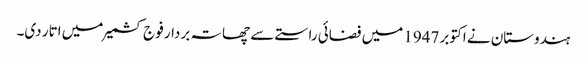
ہندوستان نے اکتوبر 1947 میں فضائی راستے سے چھاتہ بردار فوج کشمیر میں اتار دی۔